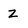
Character: Z